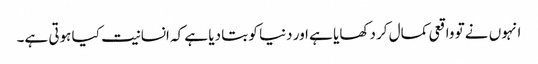
انہوں نے تو واقعی کمال کر دکھایا ہے اور دنیا کو بتا دیا ہے کہ انسانیت کیا ہوتی ہے۔